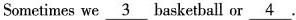
Sometimeswe \underline{3} basketball or \underline{4}.